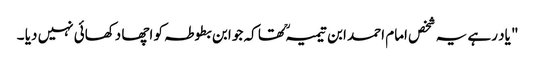
" یاد رہے یہ شخص امام احمد ابن تیمیہ ؒ تھا کہ جو ابن بطوطہ کو اچھا دکھائی نہیں دیا ۔